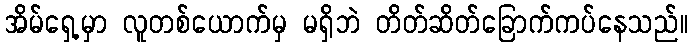
အိမ်ရှေ့မှာ လူတစ်ယောက်မှ မရှိဘဲ တိတ်ဆိတ်ခြောက်ကပ်နေသည်။